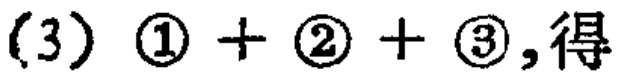
(3) \(\textcircled{1} + \textcircled{2} + \textcircled{3}\),得